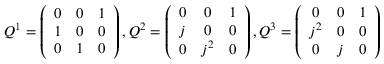
Q ^ { 1 } = \left( \begin{array} { c c c } { { 0 } } & { { 0 } } & { { 1 } } \\ { { 1 } } & { { 0 } } & { { 0 } } \\ { { 0 } } & { { 1 } } & { { 0 } } \end{array} \right) , Q ^ { 2 } = \left( \begin{array} { c c c } { { 0 } } & { { 0 } } & { { 1 } } \\ { { j } } & { { 0 } } & { { 0 } } \\ { { 0 } } & { { j ^ { 2 } } } & { { 0 } } \end{array} \right) , Q ^ { 3 } = \left( \begin{array} { c c c } { { 0 } } & { { 0 } } & { { 1 } } \\ { { j ^ { 2 } } } & { { 0 } } & { { 0 } } \\ { { 0 } } & { { j } } & { { 0 } } \end{array} \right)